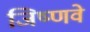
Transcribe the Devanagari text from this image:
जिष्णवे